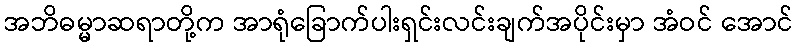
အဘိဓမ္မာဆရာတို့က အာရုံခြောက်ပါးရှင်းလင်းချက်အပိုင်းမှာ အံဝင် အောင်